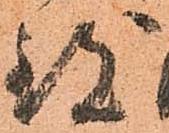
致